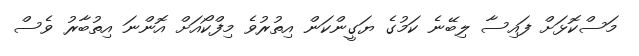
މަސްކޮޅަށް ފައިސާ ލިބޭނެ ކަމުގެ ޔަގީންކަން އިތުރުވެ މިފްކޯއަށް އޮންނަ އިތުބާރު ވެސް